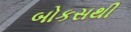
બોકસથી